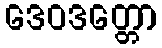
ဒေဝဒတ္တော